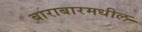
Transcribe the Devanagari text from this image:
बाराबारमधील